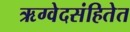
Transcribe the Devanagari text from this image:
ऋग्वेदसंहितेत